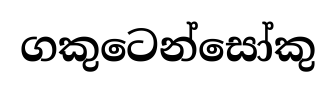
ගකුටෙන්සෝකු